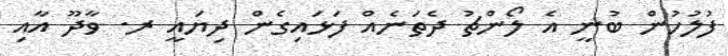
ފުލުހުން ބުނީ އެ ލޯންޗު ދެތަނެއް ފަޅައިގެން ދިޔައީ ރ. ވާދޫ އާއި